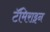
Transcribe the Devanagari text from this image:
टॅमिराइन